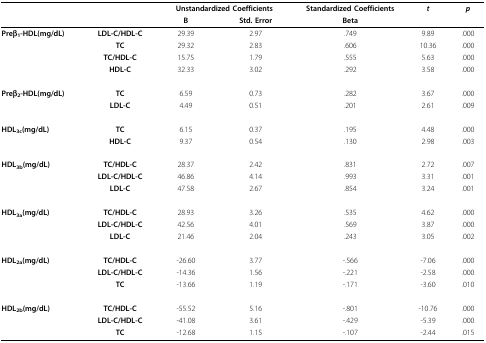
<table><thead><tr><td></td><td></td><td colspan="2"><b>Unstandardized Coefficients</b></td><td><b>Standardized Coefficients</b></td><td><b><i>t</i></b></td><td><b><i>p</i></b></td></tr><tr><td></td><td></td><td><b>B</b></td><td><b>Std. Error</b></td><td><b>Beta</b></td><td></td><td></td></tr></thead><tbody><tr><td><b>Preβ<sub>1</sub>-HDL(mg/dL)</b></td><td><b>LDL-C/HDL-C</b></td><td>29.39</td><td>2.97</td><td>.749</td><td>9.89</td><td>.000</td></tr><tr><td></td><td><b>TC</b></td><td>29.32</td><td>2.83</td><td>.606</td><td>10.36</td><td>.000</td></tr><tr><td></td><td><b>TC/HDL-C</b></td><td>15.75</td><td>1.79</td><td>.555</td><td>5.63</td><td>.000</td></tr><tr><td></td><td><b>HDL-C</b></td><td>32.33</td><td>3.02</td><td>.292</td><td>3.58</td><td>.000</td></tr><tr><td><b>Preβ<sub>2</sub>-HDL(mg/dL)</b></td><td><b>TC</b></td><td>6.59</td><td>0.73</td><td>.282</td><td>3.67</td><td>.000</td></tr><tr><td></td><td><b>LDL-C</b></td><td>4.49</td><td>0.51</td><td>.201</td><td>2.61</td><td>.009</td></tr><tr><td><b>HDL<sub>3c</sub>(mg/dL)</b></td><td><b>TC</b></td><td>6.15</td><td>0.37</td><td>.195</td><td>4.48</td><td>.000</td></tr><tr><td></td><td><b>HDL-C</b></td><td>9.37</td><td>0.54</td><td>.130</td><td>2.98</td><td>.003</td></tr><tr><td><b>HDL<sub>3b</sub>(mg/dL)</b></td><td><b>TC/HDL-C</b></td><td>28.37</td><td>2.42</td><td>.831</td><td>2.72</td><td>.007</td></tr><tr><td></td><td><b>LDL-C/HDL-C</b></td><td>46.86</td><td>4.14</td><td>.993</td><td>3.31</td><td>.001</td></tr><tr><td></td><td><b>LDL-C</b></td><td>47.58</td><td>2.67</td><td>.854</td><td>3.24</td><td>.001</td></tr><tr><td><b>HDL<sub>3a</sub>(mg/dL)</b></td><td><b>TC/HDL-C</b></td><td>28.93</td><td>3.26</td><td>.535</td><td>4.62</td><td>.000</td></tr><tr><td></td><td><b>LDL-C/HDL-C</b></td><td>42.56</td><td>4.01</td><td>.569</td><td>3.87</td><td>.000</td></tr><tr><td></td><td><b>LDL-C</b></td><td>21.46</td><td>2.04</td><td>.243</td><td>3.05</td><td>.002</td></tr><tr><td><b>HDL<sub>2a</sub>(mg/dL)</b></td><td><b>TC/HDL-C</b></td><td>-26.60</td><td>3.77</td><td>-.566</td><td>-7.06</td><td>.000</td></tr><tr><td></td><td><b>LDL-C/HDL-C</b></td><td>-14.36</td><td>1.56</td><td>-.221</td><td>-2.58</td><td>.000</td></tr><tr><td></td><td><b>TC</b></td><td>-13.66</td><td>1.19</td><td>-.171</td><td>-3.60</td><td>.010</td></tr><tr><td><b>HDL<sub>2b</sub>(mg/dL)</b></td><td><b>TC/HDL-C</b></td><td>-55.52</td><td>5.16</td><td>-.801</td><td>-10.76</td><td>.000</td></tr><tr><td></td><td><b>LDL-C/HDL-C</b></td><td>-41.08</td><td>3.61</td><td>-.429</td><td>-5.39</td><td>.000</td></tr><tr><td></td><td><b>TC</b></td><td>-12.68</td><td>1.15</td><td>-.107</td><td>-2.44</td><td>.015</td></tr></tbody></table>